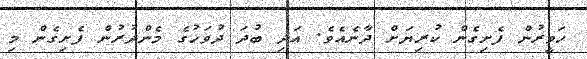
ހަވީރުން ފެށިގެން ކުރިޔަށް ދާނެއެވެ. އަދި ބުދަ ދުވަހުގެ މެންދުރުން ފެށިގެން މި